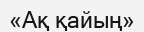
«Ақ қайың»